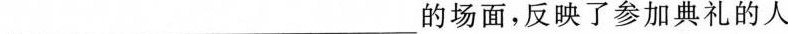
___的场面，反映了参加典礼的人